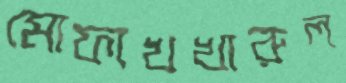
মোফাখখারুল